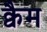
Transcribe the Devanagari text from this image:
क्वैम